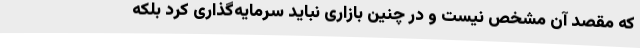
که مقصد آن مشخص نیست و در چنین بازاری نباید سرمایه‌گذاری کرد بلکه